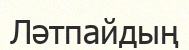
Ләтпайдың